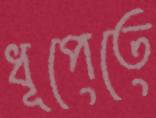
ধূপেতে